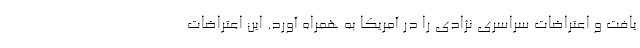
یافت و اعتراضات سراسری نژادی را در آمریکا به همراه آورد. این اعتراضات